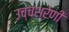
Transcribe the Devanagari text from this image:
उच्चश्रेणी